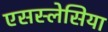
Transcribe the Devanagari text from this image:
एसस्लेसिया